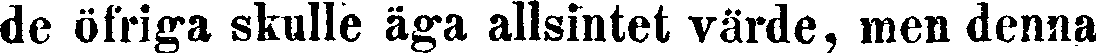
de öfriga skulle äga allsintet värde, men denna